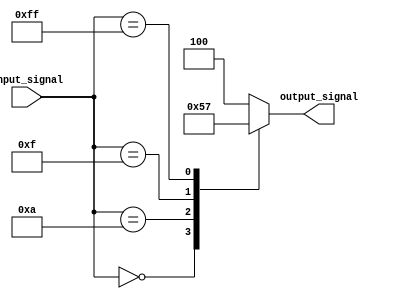
module generate_function (
    input wire [7:0] input_signal,
    output reg [2:0] output_signal
);

always @* begin
    case(input_signal)
        8'h00: output_signal = 3'b000;
        8'h0A: output_signal = 3'b001;
        8'h0F: output_signal = 3'b010;
        8'hFF: output_signal = 3'b111;
        default: output_signal = 3'b100;
    endcase
end

endmodule